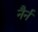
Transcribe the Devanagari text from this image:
नैर्न